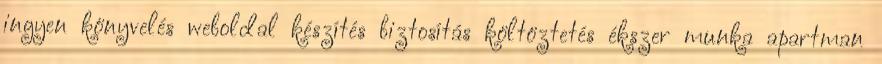
ingyen könyvelés weboldal készítés biztosítás költöztetés ékszer munka apartman